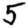
Digit: 5